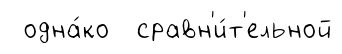
одна́ко сравн'и́т'ельной